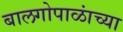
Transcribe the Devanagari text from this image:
बालगोपाळांच्या